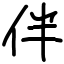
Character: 伴